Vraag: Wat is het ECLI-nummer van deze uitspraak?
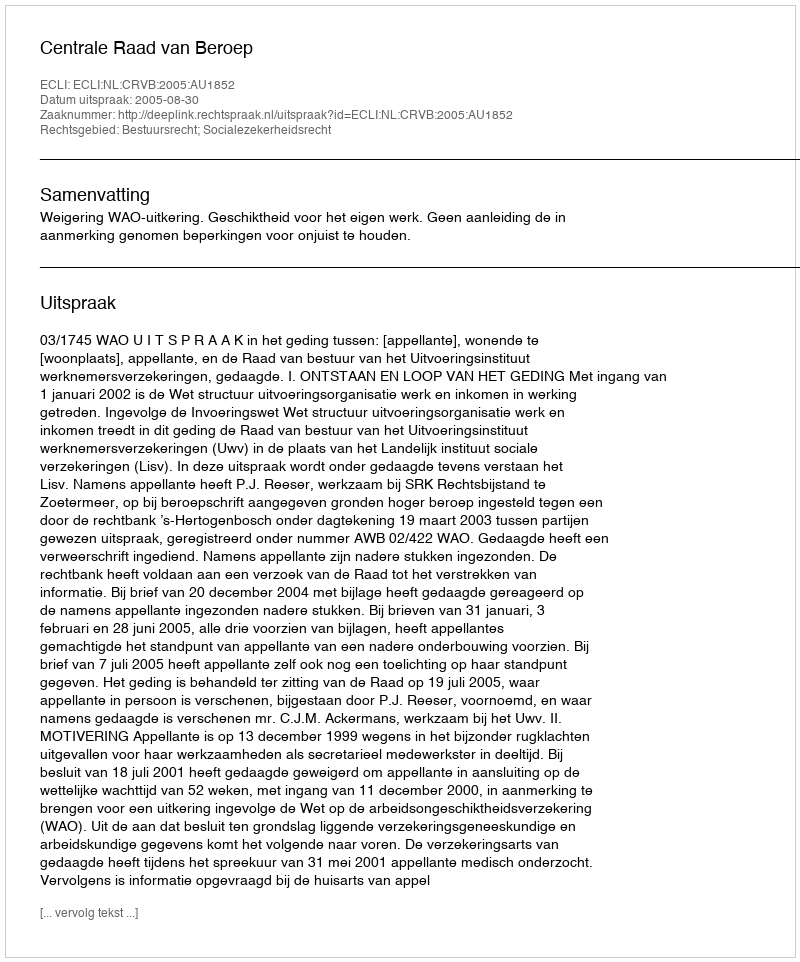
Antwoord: ECLI:NL:CRVB:2005:AU1852